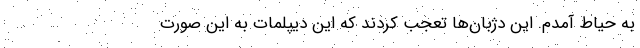
به حیاط آمدم. این دژبان‌ها تعجب کردند که این دیپلمات به این صورت